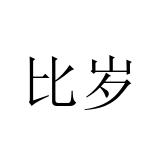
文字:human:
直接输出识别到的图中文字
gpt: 比岁